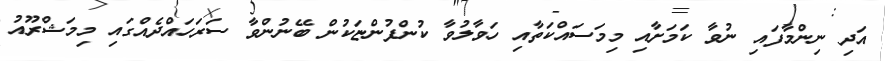
އަދި ނިންމާފައި ނުވާ ކަމަށާއި މިމަސައްކަތާއި ހަވާލުވާ ކުންފުންޏަކުން ބޭނުންވާ ސަރަހައްދެއްގައި މިމަޝްރޫއު